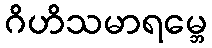
ဂိဟိသမာရမ္ဘေ